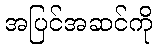
အပြင်အဆင်ကို